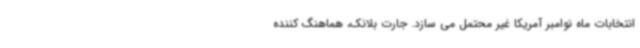
انتخابات ماه نوامبر آمریکا غیر محتمل می سازد. جارت بلانک، هماهنگ کننده